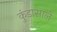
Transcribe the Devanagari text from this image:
कुंडासाले